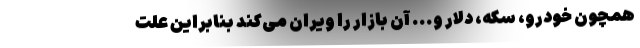
همچون خودرو، سکه، دلار و... آن بازار را ویران می‌کند بنابراین علت